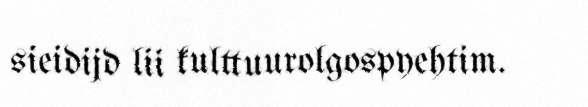
sieidijd lii kulttuurolgospyehtim.